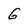
Character: G